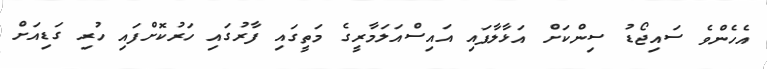
އެހެންވެ ސައިޖޯޑު ސިންކަށް އަޅާލާފައި އައިސްއަލަމާރީގެ މަތީގައި ފާރުގައި ހަރުކޮށްފައި ހުރި ގަޑިއަށް